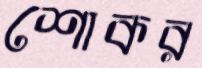
শোকর